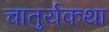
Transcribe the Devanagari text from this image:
चातुर्यकथा